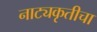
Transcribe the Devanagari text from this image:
नाट्यकृतीचा